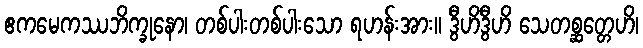
ဧကမေကဿဘိက္ခုနော၊ တစ်ပါးတစ်ပါးသော ရဟန်းအား။ ဒွီဟိဒွီဟိ သေတစ္ဆတ္တေဟိ၊